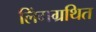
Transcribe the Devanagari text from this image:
लिंगग्रथित